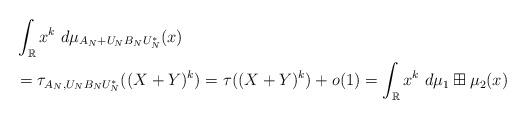
LaTeX: \begin{align*}&\int_{\mathbb{R}}x^k\ d\mu_{A_N+U_NB_NU_N^*}(x)\\&=\tau_{A_N,U_NB_NU_N^*}((X+Y)^k)=\tau((X+Y)^k)+o(1)=\int_{\mathbb{R}}x^k\ d\mu_1\boxplus\mu_2(x)\end{align*}